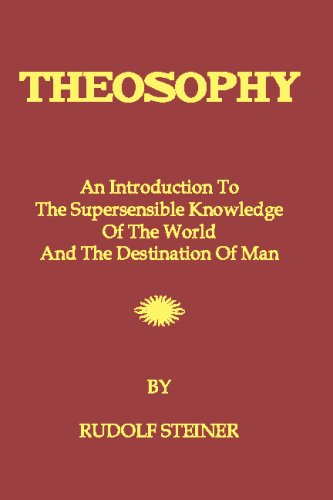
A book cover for Theosophy: An Introduction To The Supersensible Knowledge Of The World And The Destination Of Man; Rudolf Steiner; Religion & Spirituality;